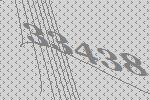
33438